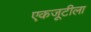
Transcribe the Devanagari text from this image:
एकजूटीला